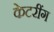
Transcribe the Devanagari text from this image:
केटरींग